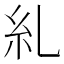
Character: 糺